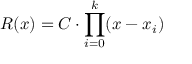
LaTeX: R ( x ) = C \cdot \prod _ { i = 0 } ^ { k } ( x - x _ { i } )